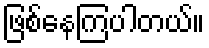
ဖြစ်နေကြပါတယ်။